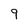
Character: 9